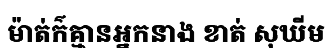
ម៉ាត់ក៌គ្មានអ្នកនាង ខាត់ សុឃីម